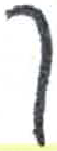
אות: ך